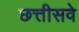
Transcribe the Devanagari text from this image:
छत्तीसवे